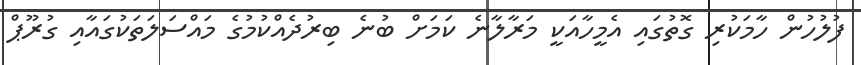
ފުލުހުން ހާމަކުރި ގޮތުގައި އެމީހާއަކީ މަރާލާނެ ކަމަށް ބުނެ ބިރުދެއްކުމުގެ މައްސަލަތަކުގައާއި ގުރޫޕް